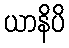
ယာနိပိ